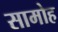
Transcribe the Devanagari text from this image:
सामोह